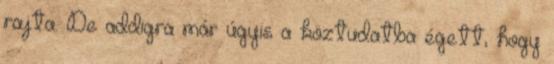
rajta. De addigra már úgyis a köztudatba égett, hogy